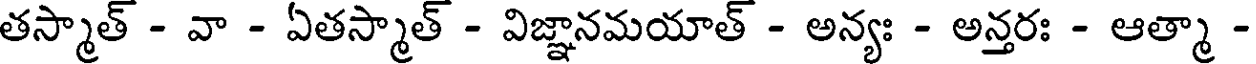
తస్మాత్ - వా - ఏతస్మాత్ - విజ్ఞానమయాత్ - అన్యః - అన్తరః - ఆత్మా -